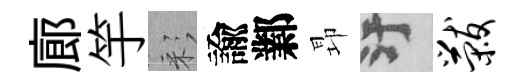
廊竽彩諭鄴昻污黻